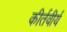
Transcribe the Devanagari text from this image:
कीर्तवीर्य